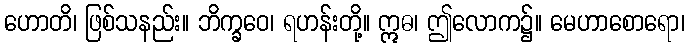
ဟောတိ၊ ဖြစ်သနည်း။ ဘိက္ခဝေ၊ ရဟန်းတို့။ ဣဓ၊ ဤလောက၌။ မေဟာစောရော၊